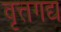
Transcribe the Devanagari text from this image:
वृत्तगद्य